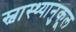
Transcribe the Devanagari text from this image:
स्वास्थ्यानुकूल